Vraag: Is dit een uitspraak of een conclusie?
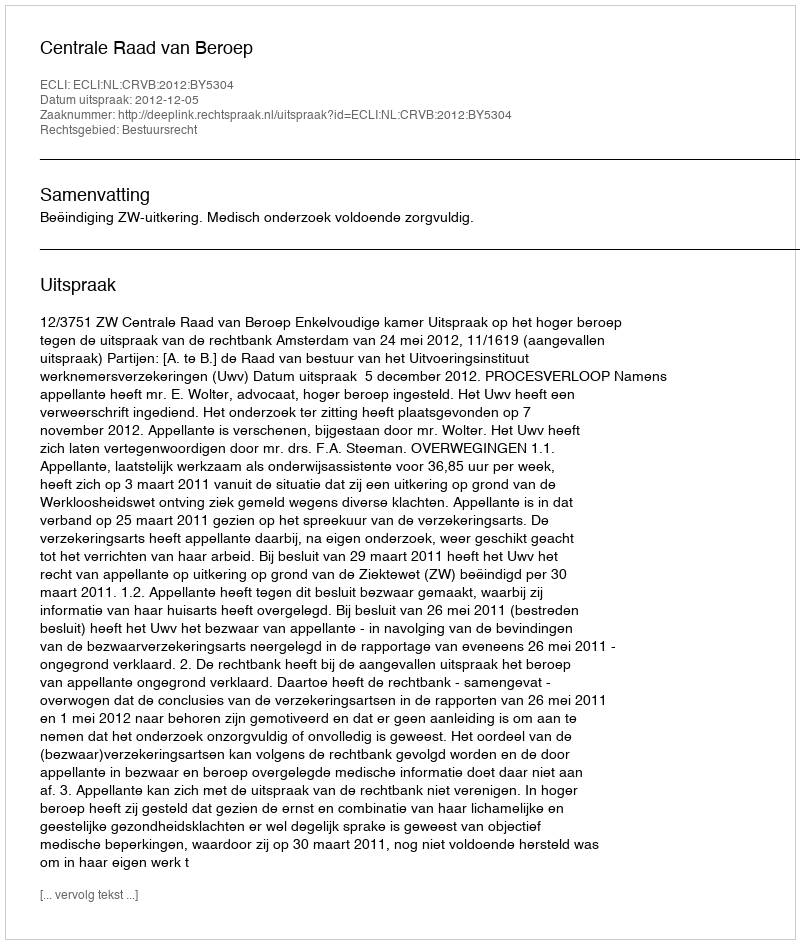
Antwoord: Uitspraak